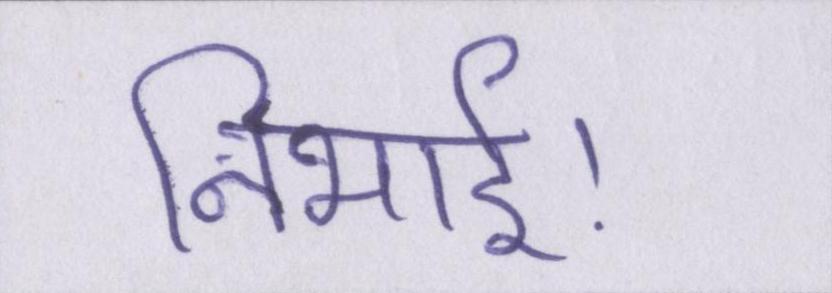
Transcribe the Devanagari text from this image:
निभाई।